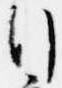
行